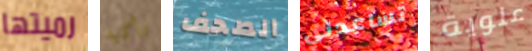
رميتها تأكيد الصحف تساعدني علوية